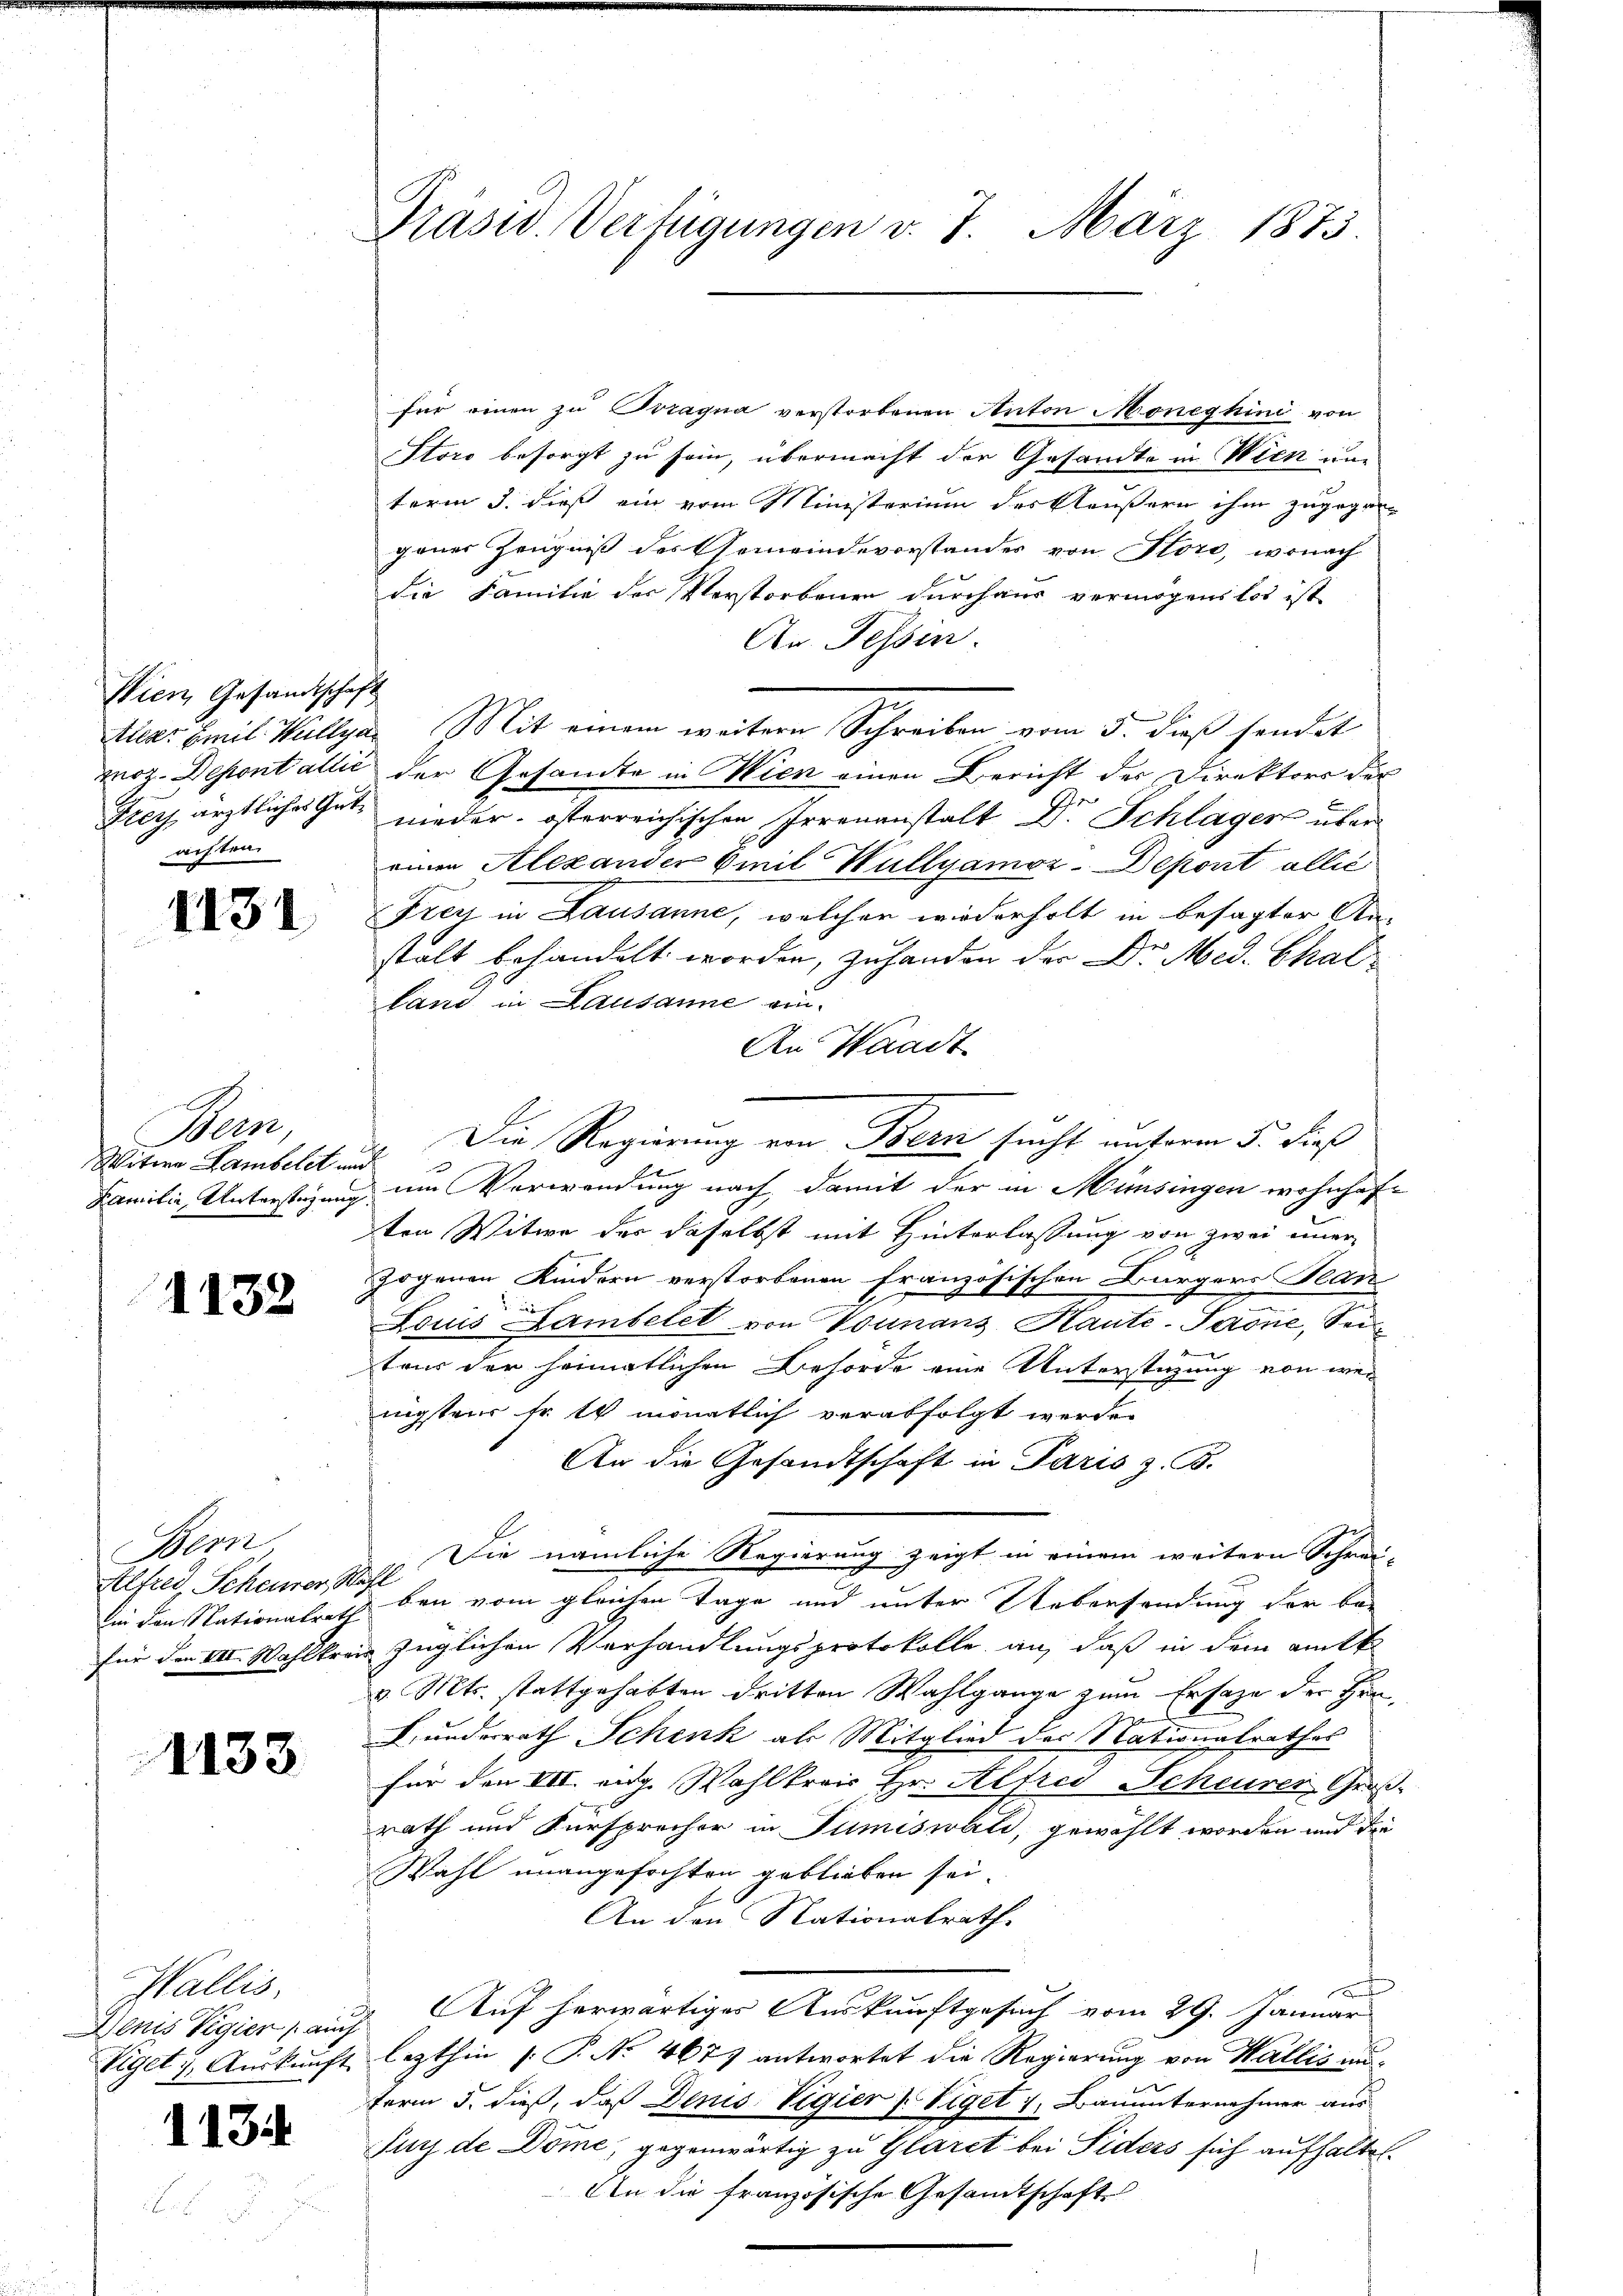
Wien, Gesandtschaft
roz. Depontallić
Frey, ärztliches Gutachten.

1131

Her
Witwe Lambelet und
Familie, Unterstüzung

1132

Bern,
Alfred, Scheiner St
Ein den Nationalrath
für den VII. Wahlkrei

1133

Wallis.
Denis Vigier auch
Viget 7. Auskunft

134.

Prasw. Verfügungen v. 7. März 1873.

für einen zu Tragna verstorbenen Anton Moneghini von
Storo besorgt zu sein, übermacht der Gesandte in Wien um
term 3. dieß ein vom Ministerium des Aeußern ihm zugegen-
gener Zeugniß des Gemeindevorstandes von Store, wonach
die Familie der Verstorbenen durchaus vermögenslos ist
An Tessin.
tleer Emil Kullya Mit einem weitere Schreiben vom 3. daß sendet
der Gesamte in Wien einen Bericht der Direktors der
r
nieder österreichischen Irrenanstalt D. Splügen über
einen Alexander Emil Wullyamoz-Depont alles
Frey in Lausanne, welcher wiederholt in besagter Anstalt behandelt worden, zu handen der Dr. Med. Challand in Lausanne ein-
An Waadt
um Verwendung nach, damit der in Münsingen wohnhaften Witwe der daselbst mit Hinterlassung von zwei immer-
Zogenen Kindern verstorbenen französischen Bürgers Plan
g
e

Louis Lambelet von Vounans Haute-Paone, Sei
teur der heimatlichen Behörde eine Unterstüzung von wenigsten Er es monatlich verabfolgt werde.
An die Gesandtschaft in Paris z. B.
.Die nämliche Regierung zeigt in einem weitern Schrei-
icht
e
ben vom gleichen Tage und unter Uebersendung der be-
züglichen Verhandlungsprotokolle an, daß in dem amtl
v. Mts. stattgehabten dritten Wahlgange zum Ersatze der Hrn.
Kunderrath Schenk als Mitglied des Nationalrathes
für den VII. eng. Wahlkreis Hr. Alfred Scheurer Groß-
rath und Fürsprecher in Tumiswald, gewählt worden und die
Wahl unangefochten geblieben sei.
An den Nationalrath
r
Auf herwärtiger Auskunftgesuch vom 29. Januar
lezthin [P. Nr. 4675 antwortet die Regierung von Wallis un-
ferm 5. dieß, daß Denis Vigier   Viget 1, Bauunternehmer aus
Jur de Döme, gegenwärtig zu Glaret bei Fiders sich aufhalten.
An die französische Gesamtschaft

". Die Regierung von Bern sucht unterm 5. dieß